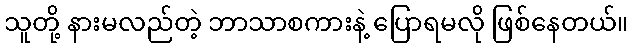
သူတို့ နားမလည်တဲ့ ဘာသာစကားနဲ့ ပြောရမလို ဖြစ်နေတယ်။